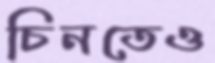
চিনতেও